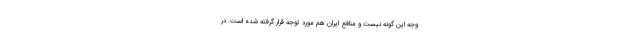
وجه این گونه نیست و منافع ایران هم مورد توجه قرار گرفته شده است. در